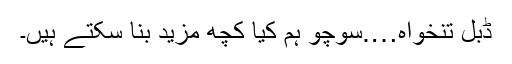
ڈبل تنخواہ….سوچو ہم کیا کچھ مزید بنا سکتے ہیں۔